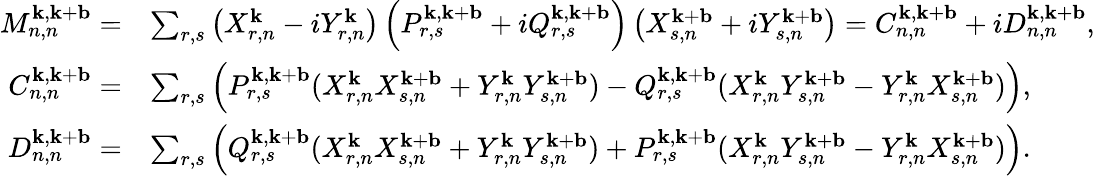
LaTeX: \begin{array}{rl}{M_{n,n}^{\mathbf{k},\mathbf{k}+\mathbf{b}}=}&{\sum_{r,s}\left(X_{r,n}^{\mathbf{k}}-iY_{r,n}^{\mathbf{k}}\right)\left(P_{r,s}^{\mathbf{k},\mathbf{k}+\mathbf{b}}+iQ_{r,s}^{\mathbf{k},\mathbf{k}+\mathbf{b}}\right)\left(X_{s,n}^{\mathbf{k}+\mathbf{b}}+iY_{s,n}^{\mathbf{k}+\mathbf{b}}\right)=C_{n,n}^{\mathbf{k},\mathbf{k}+\mathbf{b}}+iD_{n,n}^{\mathbf{k},\mathbf{k}+\mathbf{b}},}\\ {C_{n,n}^{\mathbf{k},\mathbf{k}+\mathbf{b}}=}&{\sum_{r,s}\left(P_{r,s}^{\mathbf{k},\mathbf{k}+\mathbf{b}}(X_{r,n}^{\mathbf{k}}X_{s,n}^{\mathbf{k}+\mathbf{b}}+Y_{r,n}^{\mathbf{k}}Y_{s,n}^{\mathbf{k}+\mathbf{b}})-Q_{r,s}^{\mathbf{k},\mathbf{k}+\mathbf{b}}(X_{r,n}^{\mathbf{k}}Y_{s,n}^{\mathbf{k}+\mathbf{b}}-Y_{r,n}^{\mathbf{k}}X_{s,n}^{\mathbf{k}+\mathbf{b}})\right),}\\ {D_{n,n}^{\mathbf{k},\mathbf{k}+\mathbf{b}}=}&{\sum_{r,s}\left(Q_{r,s}^{\mathbf{k},\mathbf{k}+\mathbf{b}}(X_{r,n}^{\mathbf{k}}X_{s,n}^{\mathbf{k}+\mathbf{b}}+Y_{r,n}^{\mathbf{k}}Y_{s,n}^{\mathbf{k}+\mathbf{b}})+P_{r,s}^{\mathbf{k},\mathbf{k}+\mathbf{b}}(X_{r,n}^{\mathbf{k}}Y_{s,n}^{\mathbf{k}+\mathbf{b}}-Y_{r,n}^{\mathbf{k}}X_{s,n}^{\mathbf{k}+\mathbf{b}})\right).}\end{array}